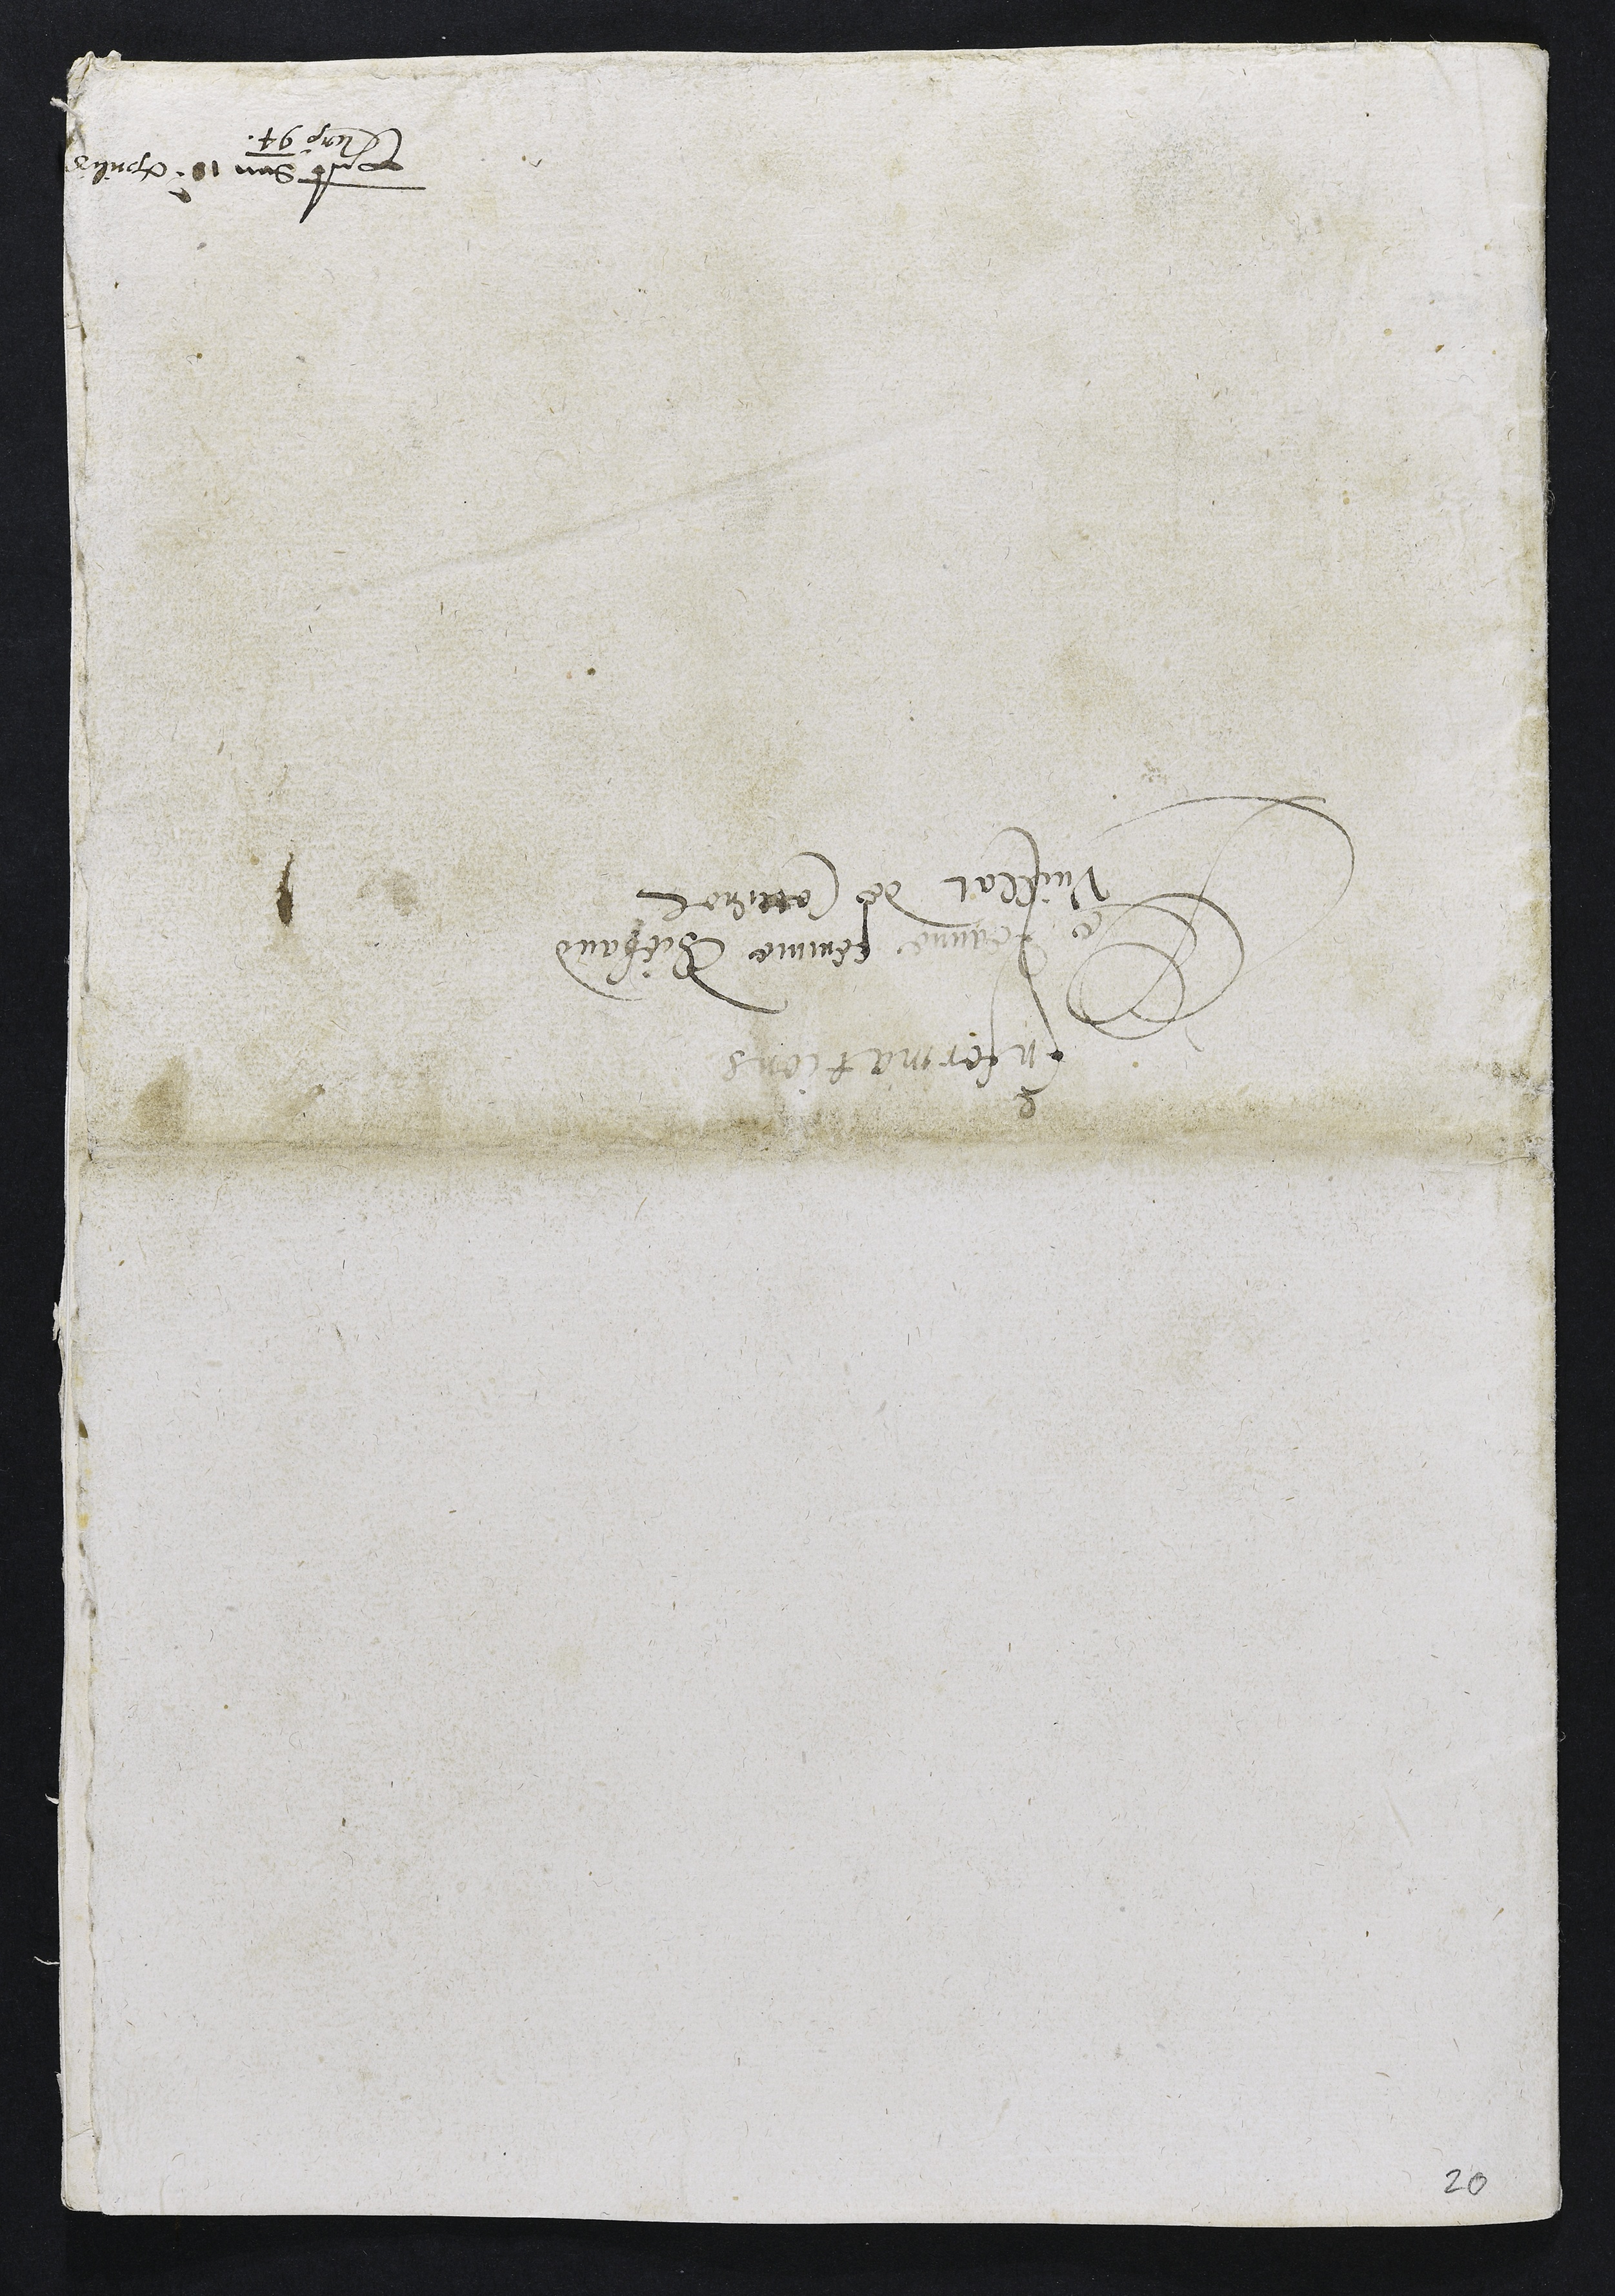
InformationsDe Jeanne femme ThiebaudVuillat de Correnolpresentatum den 18 aprilisAnno 94

20